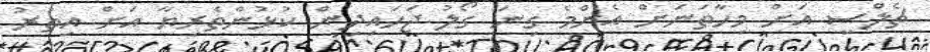
ޗެލްސީ އަށް މިހާތަނަށް އެންމެ ގިނަ ގޯލު ޖަހައިދިން ކުޅުންތެރިޔާ އަށް އިތުރު